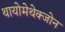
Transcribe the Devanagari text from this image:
थायोमेथेक्‍जोन